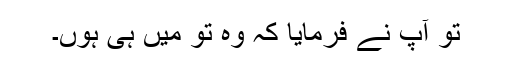
تو آپ نے فرمایا کہ وہ تو مَیں ہی ہوں۔